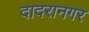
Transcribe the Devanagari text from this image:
दादरानगर